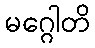
မဂ္ဂေါတိ